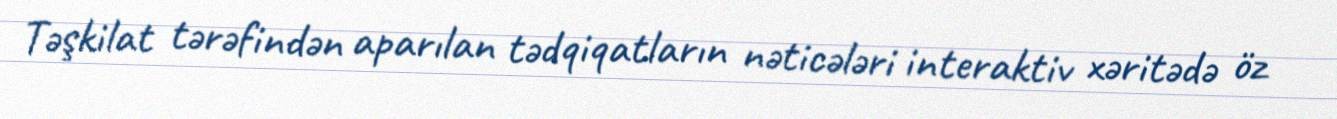
Təşkilat tərəfindən aparılan tədqiqatların nəticələri interaktiv xəritədə öz